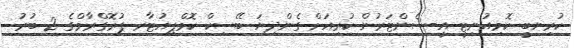
ކުރިނބީ ކޮމިއުނިޓީ އީ-ސެންޓަރުން ކުރިއަށް ގެންދިޔަ ބޭސިކް ކޮމްޕިއުޓާރ ޕުރޮގްރާމްގެ 2 ބުރު